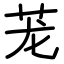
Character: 茏